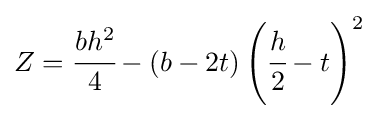
Z={\cfrac {bh^{2}}{4}}-(b-2t)\left({\cfrac {h}{2}}-t\right)^{2}